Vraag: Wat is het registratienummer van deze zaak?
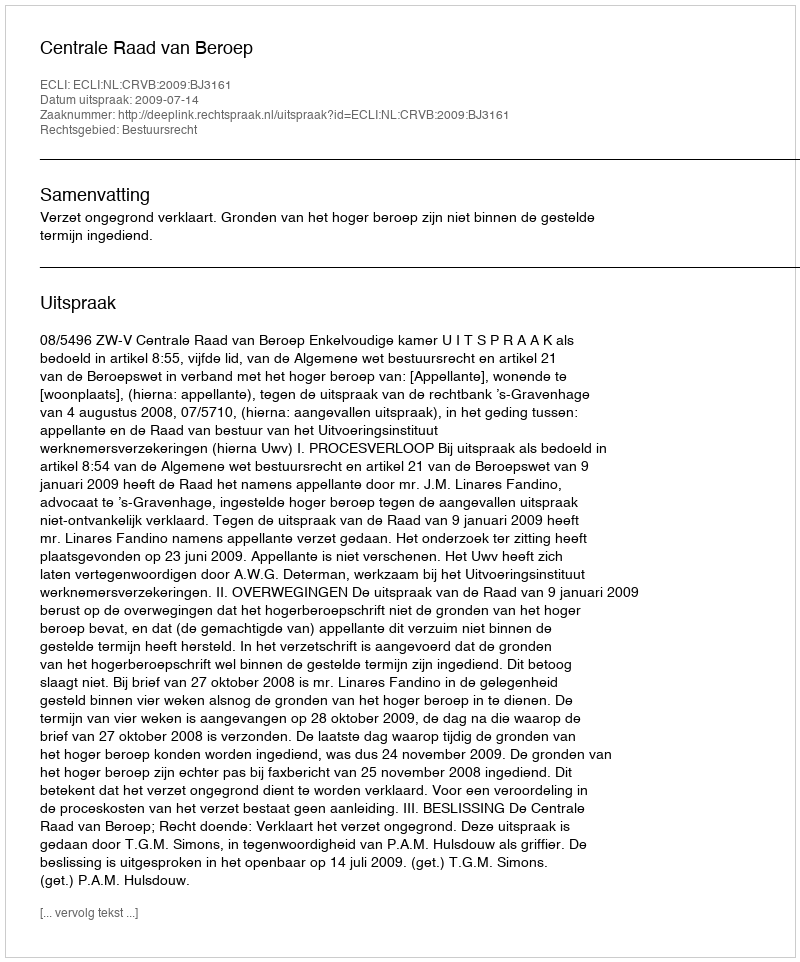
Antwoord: http://deeplink.rechtspraak.nl/uitspraak?id=ECLI:NL:CRVB:2009:BJ3161